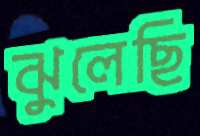
ঝুলেছি